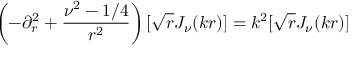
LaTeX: \left( - \partial _ { r } ^ { 2 } + \frac { \nu ^ { 2 } - 1 / 4 } { r ^ { 2 } } \right) [ \sqrt { r } J _ { \nu } ( k r ) ] = k ^ { 2 } [ \sqrt { r } J _ { \nu } ( k r ) ]